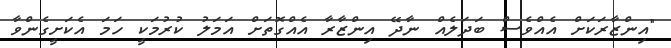
"އިންޒާރަކަށް އެއްވެސް ބަދަލެއް ނާދޭ އިންޒާރާ އެއްގޮތަށް އަމަލު ކުރުމަކީ ހަމަ އެކަށީގެންވާ